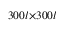
3 0 0 l { \times } 3 0 0 l